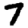
Digit: 7